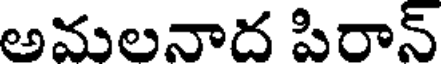
అమలనాద పిరాన్